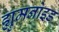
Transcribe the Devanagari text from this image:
ह्युमनोइड